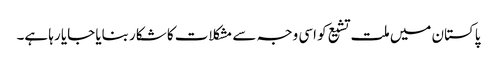
پاکستان میں ملت تشیع کو اسی وجہ سے مشکلات کا شکار بنایا جایا رہا ہے۔